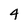
Character: 4